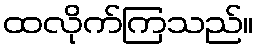
ထလိုက်ကြသည်။